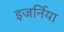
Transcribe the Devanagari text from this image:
इजर्निया